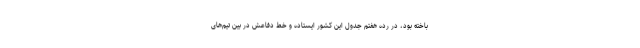
باخته بود، در رده هفتم جدول این کشور ایستاده و خط دفاعش در بین تیم‌های